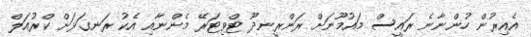
އެއިރުން ހުންނާނެ ރައީސް މައުމޫނަށް ރަންރީނދޫ ޓްވިޓަރޭ މެންނާއި އެކު ރަނގަޅަށް ކްރުއަލް